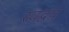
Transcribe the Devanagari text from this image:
स्वद्वप